Indian journal of veterinary science and animal husbandry - Volume 11,
Year: 1941
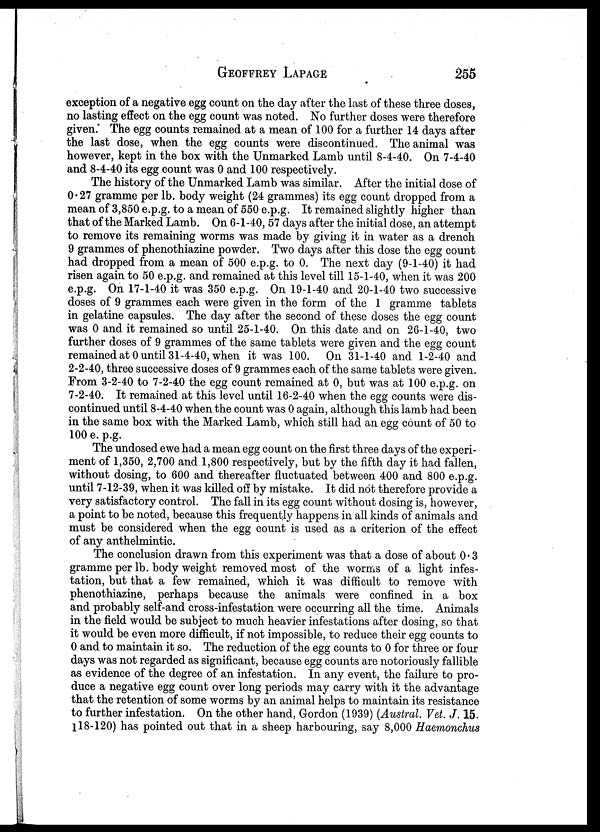
GEOFFREY
LAPAGE
255
exception of a negative egg count on the day after the last of these three doses,
no lasting effect on the egg count was noted. No further doses were therefore
given. The egg counts remained at a mean of 100 for a further 14 days after
the last dose, when the egg counts were discontinued. The animal was
however, kept in the box with the Unmarked Lamb until 8-4-40. On 7-4-40
and 8-4-40 its egg count was 0 and 100 respectively.
The history of the Unmarked Lamb was similar. After the initial dose of
0.27 gramme per lb. body weight (24 grammes) its egg count dropped from a
mean of 3,850 e.p.g. to a mean of 550 e.p.g. It remained slightly higher than
that of the Marked Lamb. On 6-1-40, 57 days after the initial dose, an attempt
to remove its remaining worms was made by giving it in water as a drench
9 grammes of phenothiazine powder. Two days after this dose the egg count
had dropped from a mean of 500 e.p.g. to 0. The next day (9-1-40) it had
risen again to 50 e.p.g. and remained at this level till 15-1-40, when it was 200
e.p.g. On 17-1-40 it was 350 e.p.g. On 19-1-40 and 20-1-40 two successive
doses of 9 grammes each were given in the form of the 1 gramme tablets
in gelatine capsules. The day after the second of these doses the egg count
was 0 and it remained so until 25-1-40. On this date and on 26-1-40, two
further doses of 9 grammes of the same tablets were given and the egg count
remained at 0 until 31-4-40, when it was 100. On 31-1-40 and 1-2-40 and
2-2-40, three successive doses of 9 grammes each of the same tablets were given.
From 3-2-40 to 7-2-40 the egg count remained at 0, but was at 100 e.p.g. on
7-2-40. It remained at this level until 16-2-40 when the egg counts were dis-
continued until 8-4-40 when the count was 0 again, although this lamb had been
in the same box with the Marked Lamb, which still had an egg count of 50 to
100 e. p.g.
The undosed ewe had a mean egg count on the first three days of the experi-
ment of 1,350, 2,700 and 1,800 respectively, but by the fifth day it had fallen,
without dosing, to 600 and thereafter fluctuated between 400 and 800 e.p.g.
until 7-12-39, when it was killed off by mistake. It did not therefore provide a
very satisfactory control. The fall in its egg count without dosing is, however,
a point to be noted, because this frequently happens in all kinds of animals and
must be considered when the egg count is used as a criterion of the effect
of any anthelmintic.
The conclusion drawn from this experiment was that a dose of about 0 . 3
gramme per lb. body weight removed most of the worms of a light infes-
tation, but that a few remained, which it was difficult to remove with
phenothiazine, perhaps because the animals were confined in a box
and probably self-and cross-infestation were occurring all the time. Animals
in the field would be subject to much heavier infestations after dosing, so that
it would be even more difficult, if not impossible, to reduce their egg counts to
0 and to maintain it so. The reduction of the egg counts to 0 for three or four
days was not regarded as significant, because egg counts are notoriously fallible
as evidence of the degree of an infestation. In any event, the failure to pro-
duce a negative egg count over long periods may carry with it the advantage
that the retention of some worms by an animal helps to maintain its resistance
to further infestation. On the other hand, Gordon (1939) (Austral. Vet. J. 15.
118-120) has pointed out that in a sheep harbouring, say 8,000 Haemonchus